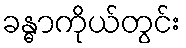
ခန္ဓာကိုယ်တွင်း